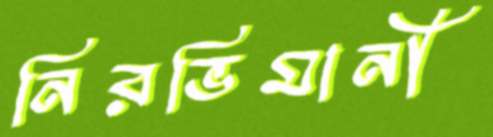
নিরভিমানী